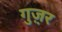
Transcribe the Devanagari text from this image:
गुज़़र